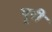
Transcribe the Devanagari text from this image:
पूूरी